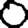
Digit: 0